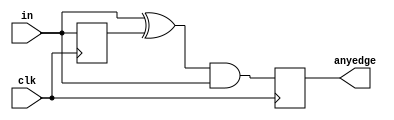
module top_module (
    input clk,
    input [7:0] in,
    output reg [7:0] anyedge
);

reg [7:0] last_in;

always @(posedge clk) begin
    anyedge <= (in ^ last_in) & in;
    last_in <= in;
end

endmodule